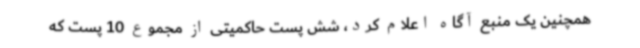
همچنین یک منبع آگاه اعلام کرد، شش پست حاکمیتی از مجموع 10 پست که